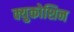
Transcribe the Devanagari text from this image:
क्युकोशिन